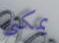
يمكنى